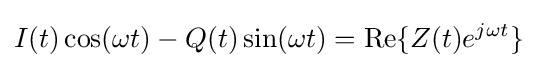
I(t)\cos(\omega t)-Q(t)\sin(\omega t)=\mathrm {Re} \{Z(t)e^{j\omega t}\}